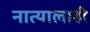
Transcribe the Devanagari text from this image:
नात्यालाही